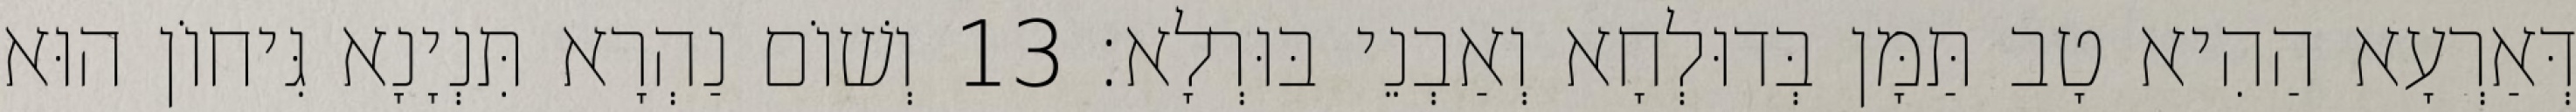
דְּאַרְעָא הַהִיא טָב תַּמָּן בְּדוּלְחָא וְאַבְנֵי בּוּרְלָא׃ 13 וְשׁוֹם נַהְרָא תִּנְיָנָא גִּיחוֹן הוּא